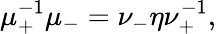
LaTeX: \mu_{+}^{-1}\mu_{-}=\nu_{-}\eta\nu_{+}^{-1},